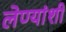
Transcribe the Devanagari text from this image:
लेण्यांशी